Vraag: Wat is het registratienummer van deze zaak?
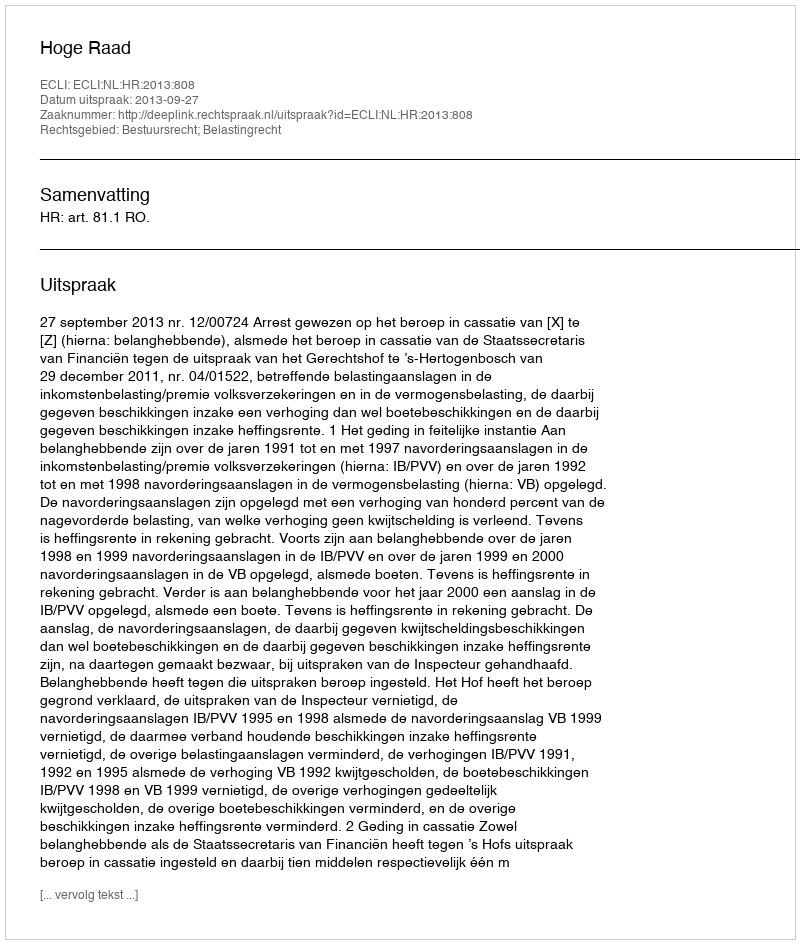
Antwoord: http://deeplink.rechtspraak.nl/uitspraak?id=ECLI:NL:HR:2013:808